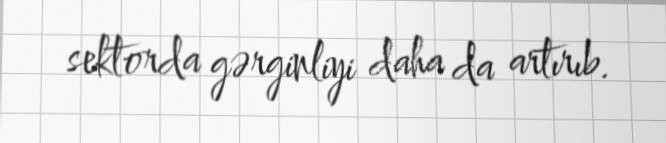
sektorda gərginliyi daha da artırıb.